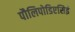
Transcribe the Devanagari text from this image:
पौलिपोडिएसिई